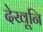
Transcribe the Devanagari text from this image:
देखूनि